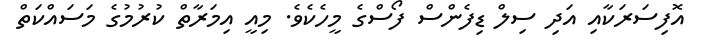
އޮފިސަރަކާއި އަދި ސިިލް ޑިފެންސް ފޯސްގެ މީހެކެވެ. މިއީ އިމަރާތް ކުރުމުގެ މަސައްކަތް